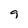
Character: 9